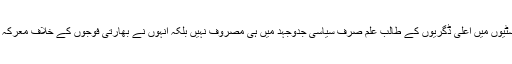
دوسرا پہلو یہ ہے کہ کشمیر کی یونیورسٹیوں میں اعلیٰ ڈگریوں کے طالب علم صرف سیاسی جدوجہد میں ہی مصروف نہیں بلکہ انہوں نے بھارتی فوجوں کے خلاف معرکہ آراء ہوکر اپنی جانیں بھی قربان کی ہیں۔